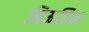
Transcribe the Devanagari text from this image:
मिऊज़िक